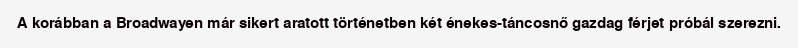
A korábban a Broadwayen már sikert aratott történetben két énekes-táncosnő gazdag férjet próbál szerezni.